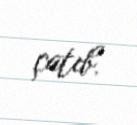
çatıb.